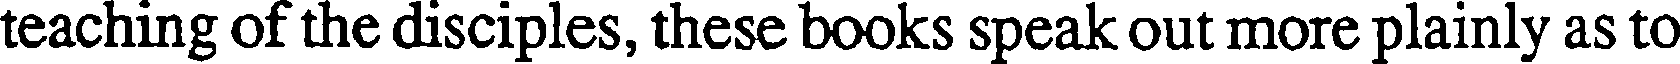
teaching of the disciples, these books speak out more plainly as to